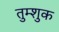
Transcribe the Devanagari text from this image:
तुम्शुक